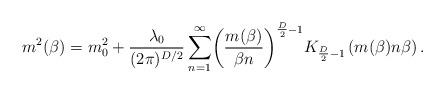
LaTeX: \begin{align*}\ m^{2}(\beta)=m^{2}_{0}+\frac{\lambda_{0}}{(2\pi)^{D/2}}\sum^{\infty}_{n=1}\biggl(\frac{m(\beta)}{\beta n}\biggr)^{\frac{D}{2}-1}K_{\frac{D}{2}-1}\left(m(\beta)n\beta\right).\end{align*}